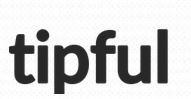
tipful